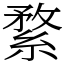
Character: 䋷